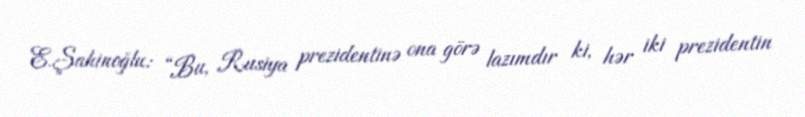
E.Şahinoğlu: “Bu, Rusiya prezidentinə ona görə lazımdır ki, hər iki prezidentin